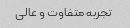
تجربه متفاوت و عالی